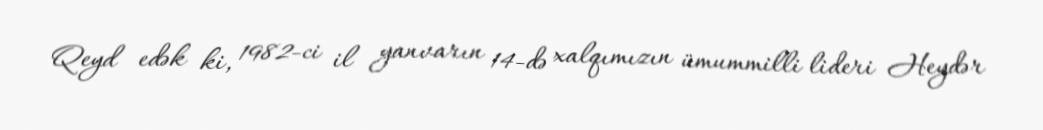
Qeyd edək ki, 1982-ci il yanvarın 14-də xalqımızın ümummilli lideri Heydər